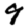
Digit: 9